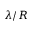
\lambda / R